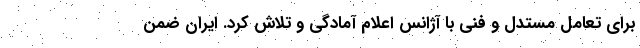
برای تعامل مستدل و فنی با آژانس اعلام آمادگی و تلاش کرد. ایران ضمن